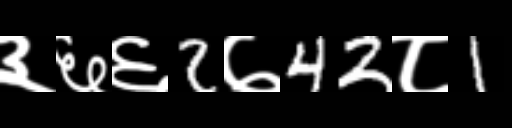
Text: ३६६2७42८1